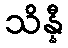
သိန္နီ